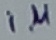
Text: 1µ